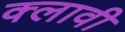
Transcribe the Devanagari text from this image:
क्लावी